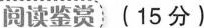
阅读鉴赏(15分）